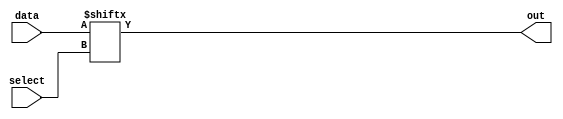
module multiplexer_1024to1 (
    input [9:0] select,
    input [1023:0] data,
    output reg out
);

integer i;
reg [9:0] addr;

always @*
begin
    addr = select;
    out = data[addr];
end

endmodule